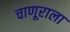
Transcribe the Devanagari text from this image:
चाणूराला